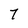
Character: 7